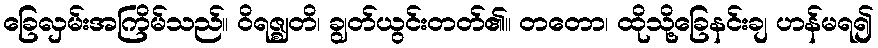
ခြေလှမ်းအကြိမ်သည်။ ဝိရဇ္ဈတိ၊ ချွတ်ယွင်းတတ်၏။ တတော၊ ထိုသို့ခြေနင်းချ ဟန်မရ၍